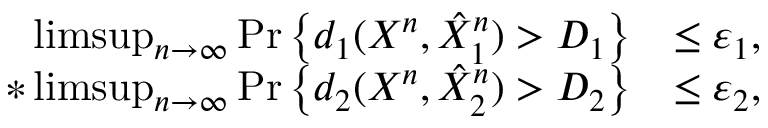
\begin{array} { r l } { \operatorname* { l i m s u p } _ { n \to \infty } \operatorname* { P r } \left\{ d _ { 1 } ( X ^ { n } , \hat { X } _ { 1 } ^ { n } ) > D _ { 1 } \right\} } & { \le \varepsilon _ { 1 } , } \\ { * \operatorname* { l i m s u p } _ { n \to \infty } \operatorname* { P r } \left\{ d _ { 2 } ( X ^ { n } , \hat { X } _ { 2 } ^ { n } ) > D _ { 2 } \right\} } & { \le \varepsilon _ { 2 } , } \end{array}